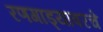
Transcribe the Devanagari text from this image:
रणगाड्यावरचे